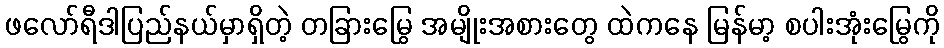
ဖလော်ရီဒါပြည်နယ်မှာရှိတဲ့ တခြားမြွေ အမျိုးအစားတွေ ထဲကနေ မြန်မာ့ စပါးအုံးမြွေကို